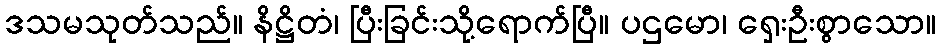
ဒသမသုတ်သည်။ နိဋ္ဌိတံ၊ ပြီးခြင်းသို့ရောက်ပြီ။ ပဌမော၊ ရှေးဦးစွာသော။